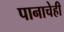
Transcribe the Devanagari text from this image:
पानाचेही